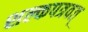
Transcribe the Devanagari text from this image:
शल्कपत्रवत्‌